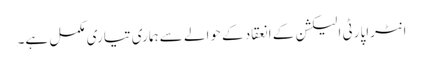
انٹراپارٹی الیکشن کے انعقاد کے حوالے سے ہماری تیاری مکمل ہے۔